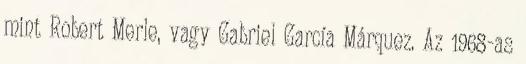
mint Robert Merle, vagy Gabriel García Márquez. Az 1968-as